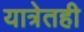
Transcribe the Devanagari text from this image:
यात्रेतही